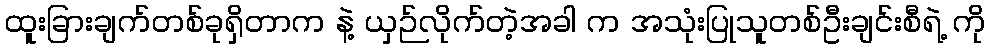
ထူးခြားချက်တစ်ခုရှိတာက နဲ့ ယှဉ်လိုက်တဲ့အခါ က အသုံးပြုသူတစ်ဦးချင်းစီရဲ့ ကို